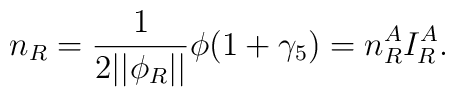
n_R=\frac 1{2||\phi _R||}\phi (1+\gamma _5)=n_R^AI_R^A.